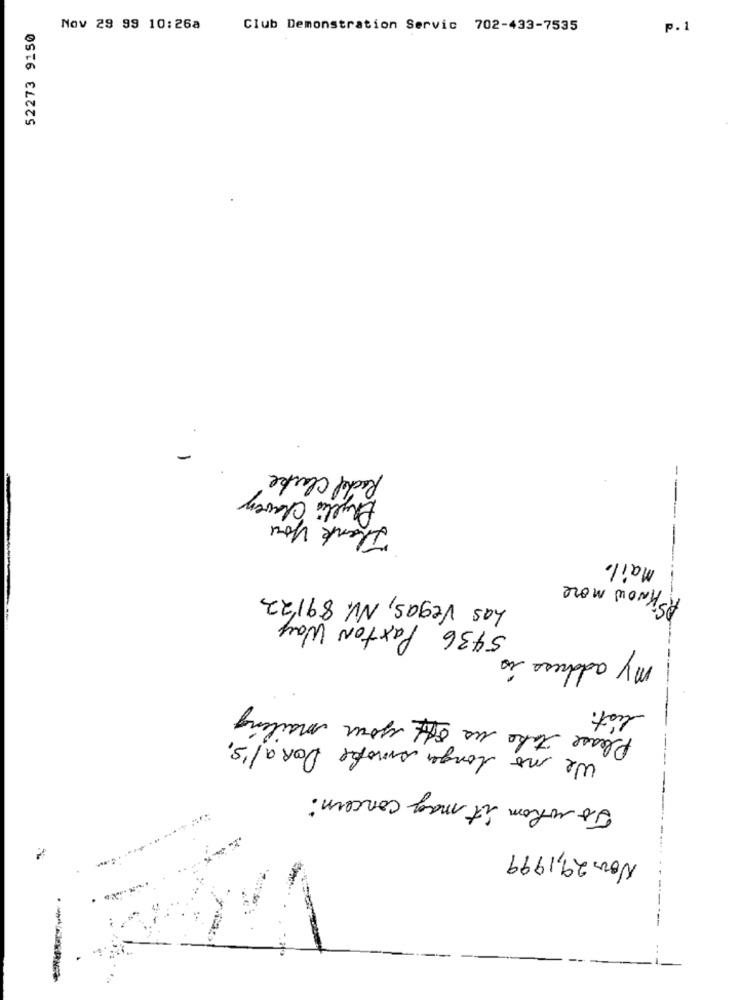
52273 9150
Nov 29 99 10:26a
Club Demonstration Servic 702-433-7535
p.1
-
Rachel Clarke
Phyllis Clavey
Thank you
---
-
Mail.
AsKnow more
Las Vegas, NV. 89122
---
5436 Paxton Way
my address is
Please take us off your mailing
list.
-----
We no longer smoke DoRal's,
--
To whom it may concern :
Novs 29,1999
--